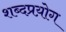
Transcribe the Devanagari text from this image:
शब्दप्रय़ोग